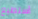
أستطيع